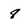
Character: 8